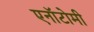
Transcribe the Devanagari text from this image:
एनॉटोमी